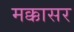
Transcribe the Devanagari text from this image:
मक्कासर